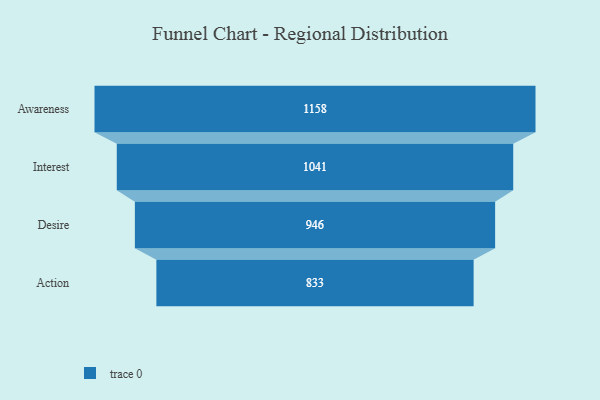
{"axis": {"x": "Stage", "y": "Value"}, "legend": [""], "data": [{"x": "Awareness", "y": 1158.0, "type": ""}, {"x": "Interest", "y": 1041.0, "type": ""}, {"x": "Desire", "y": 946.0, "type": ""}, {"x": "Action", "y": 833.0, "type": ""}]}